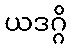
ယဒဂ္ဂိ